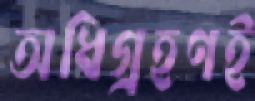
অধিগ্রহণই